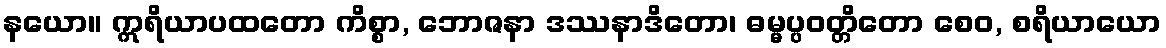
နယော။ ဣရိယာပထတော ကိစ္စာ, ဘောဇနာ ဒဿနာဒိတော၊ ဓမ္မပ္ပဝတ္တိတော စေဝ, စရိယာယော